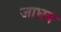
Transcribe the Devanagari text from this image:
जाधव